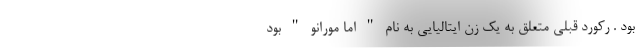
بود . رکورد قبلی متعلق به یک زن ایتالیایی به نام " اما مورانو " بود